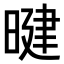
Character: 𪰷